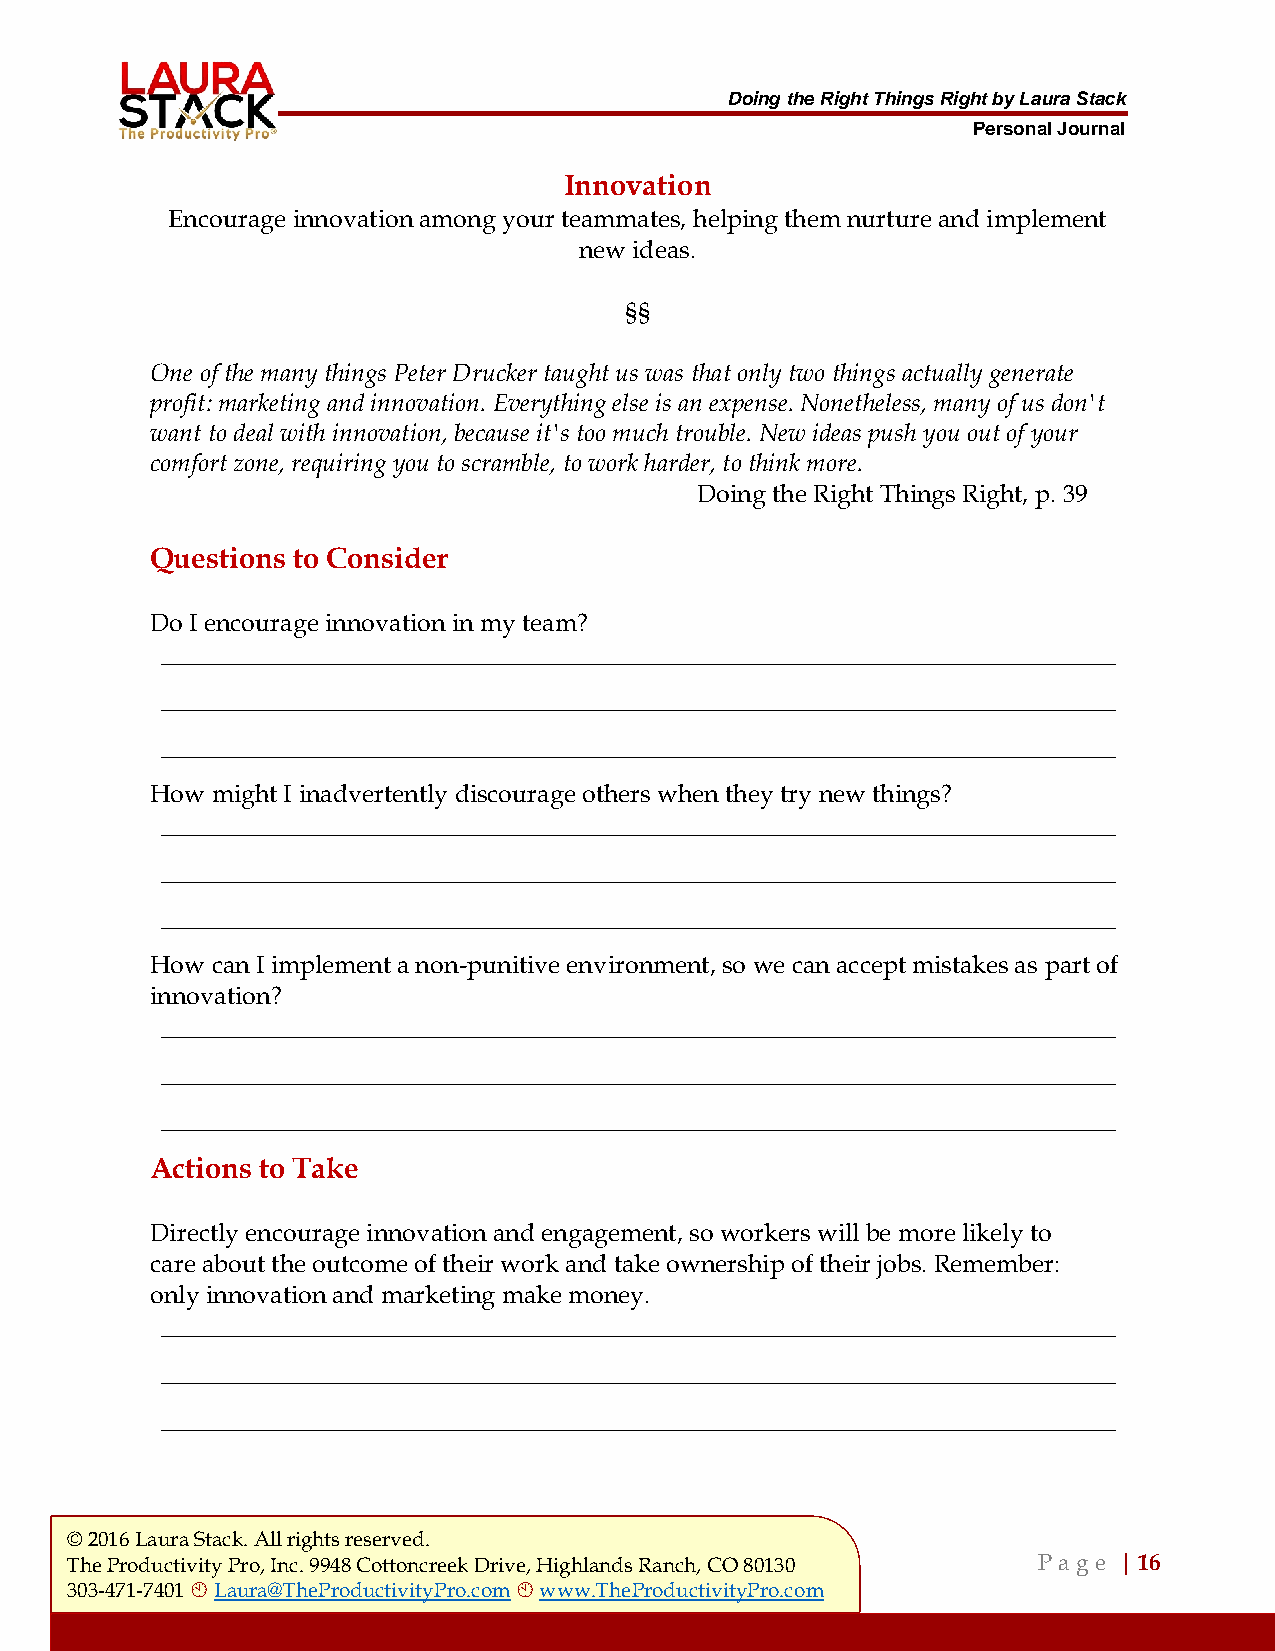
Doing the Right Things Right by Laura Stack
 Personal Journal
 Innovation
 Encourage innovation among your teammates, helping them nurture and implement
 new ideas.
 §§
 One of the many things Peter Drucker taught us was that only two things actually generate
 profit: marketing and innovation. Everything else is an expense. Nonetheless, many of us don't
 want to deal with innovation, because it's too much trouble. New ideas push you out of your
 comfort zone, requiring you to scramble, to work harder, to think more.
 Doing the Right Things Right, p. 39
 Questions to Consider
 Do I encourage innovation in my team?
 ___________________________________________________________________________________
 ___________________________________________________________________________________
 ___________________________________________________________________________________
 How might I inadvertently discourage others when they try new things?
 ___________________________________________________________________________________
 ___________________________________________________________________________________
 ___________________________________________________________________________________
 How can I implement a non-punitive environment, so we can accept mistakes as part of
 innovation?
 ___________________________________________________________________________________
 ___________________________________________________________________________________
 ___________________________________________________________________________________
 Actions to Take
 Directly encourage innovation and engagement, so workers will be more likely to
 care about the outcome of their work and take ownership of their jobs. Remember:
 only innovation and marketing make money.
 ___________________________________________________________________________________
 ___________________________________________________________________________________
 ___________________________________________________________________________________
 © 2016 Laura Stack. All rights reserved.
 The Productivity Pro, Inc. 9948 Cottoncreek Drive, Highlands Ranch, CO 80130 P a ge | 16
 303-471-7401  Laura@TheProductivityPro.com  www.TheProductivityPro.com